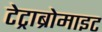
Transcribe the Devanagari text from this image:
टेट्राब्रोमाइट